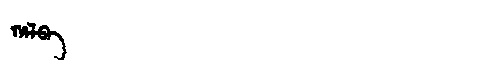
Manchu: ᡥᠠᠯᠪᠠ
Romanization: HALBA